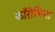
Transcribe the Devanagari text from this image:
काॅरोलिना